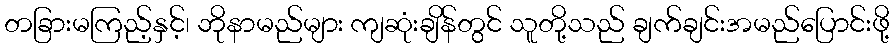
တခြားမကြည့်နှင့်၊ ဘိုနာမည်များ ကျဆုံးချိန်တွင် သူတို့သည် ချက်ချင်းအမည်ပြောင်းဖို့